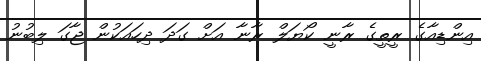
އިންޑިއާގެ ރީތީގެ ރާނީ ކޯޔަލް ރާނާ އަށް ގަދަ ދިހައަކުން ޖާގަ ލިބުނު